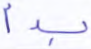
بدأ